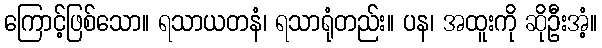
ကြောင့်ဖြစ်သော။ ရသာယတနံ၊ ရသာရုံတည်း။ ပန၊ အထူးကို ဆိုဦးအံ့။